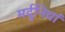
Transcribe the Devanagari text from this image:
मर्दुनियां